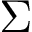
\Sigma